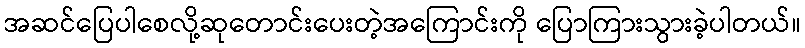
အဆင်ပြေပါစေလို့ဆုတောင်းပေးတဲ့အကြောင်းကို ပြောကြားသွားခဲ့ပါတယ်။